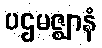
ပဌမဇ္ဈာနံ